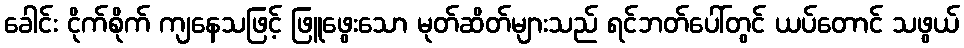
ခေါင်း ငိုက်စိုက် ကျနေသဖြင့် ဖြူဖွေးသော မုတ်ဆိတ်များသည် ရင်ဘတ်ပေါ်တွင် ယပ်တောင် သဖွယ်